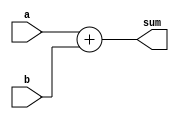
module ParamDUT #(parameter DATA_WIDTH = 8) (
    input  wire [DATA_WIDTH-1:0] a,
    input  wire [DATA_WIDTH-1:0] b,
    output wire [DATA_WIDTH-1:0] sum
);
    assign sum = a + b;
endmodule